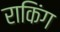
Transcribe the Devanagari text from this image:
राकिंग